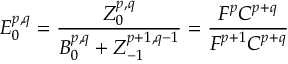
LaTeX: E _ { 0 } ^ { p , q } = { \frac { Z _ { 0 } ^ { p , q } } { B _ { 0 } ^ { p , q } + Z _ { - 1 } ^ { p + 1 , q - 1 } } } = { \frac { F ^ { p } C ^ { p + q } } { F ^ { p + 1 } C ^ { p + q } } }